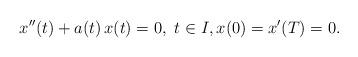
LaTeX: \begin{align*}x^{\prime\prime}(t)+a(t)\,x(t)=0,\ t\in I,x(0)=x^\prime(T)=0.\end{align*}